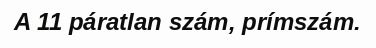
A 11 páratlan szám, prímszám.